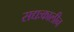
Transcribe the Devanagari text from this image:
सद्यःकालीन